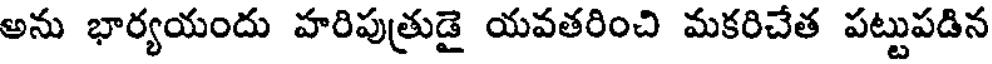
అను భార్యయందు హరిపుత్రుడై యవతరించి మకరిచేత పట్టుపడిన